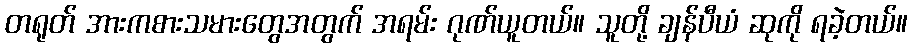
တရုတ် အားကစားသမားတွေအတွက် အရမ်း ဂုဏ်ယူတယ်။ သူတို့ ချန်ပီယံ ဆုကို ရခဲ့တယ်။